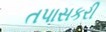
તપાસકરી